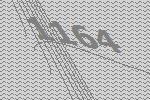
1164